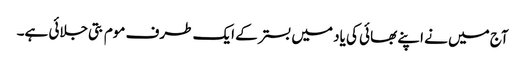
آج میں نے اپنے بھائی کی یاد میں بستر کے ایک طرف موم بتی جلائی ہے۔